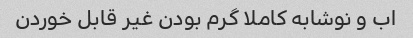
اب و نوشابه کاملا گرم بودن غیر قابل خوردن